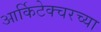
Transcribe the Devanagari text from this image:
आर्किटेक्चरच्या